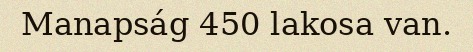
Manapság 450 lakosa van.